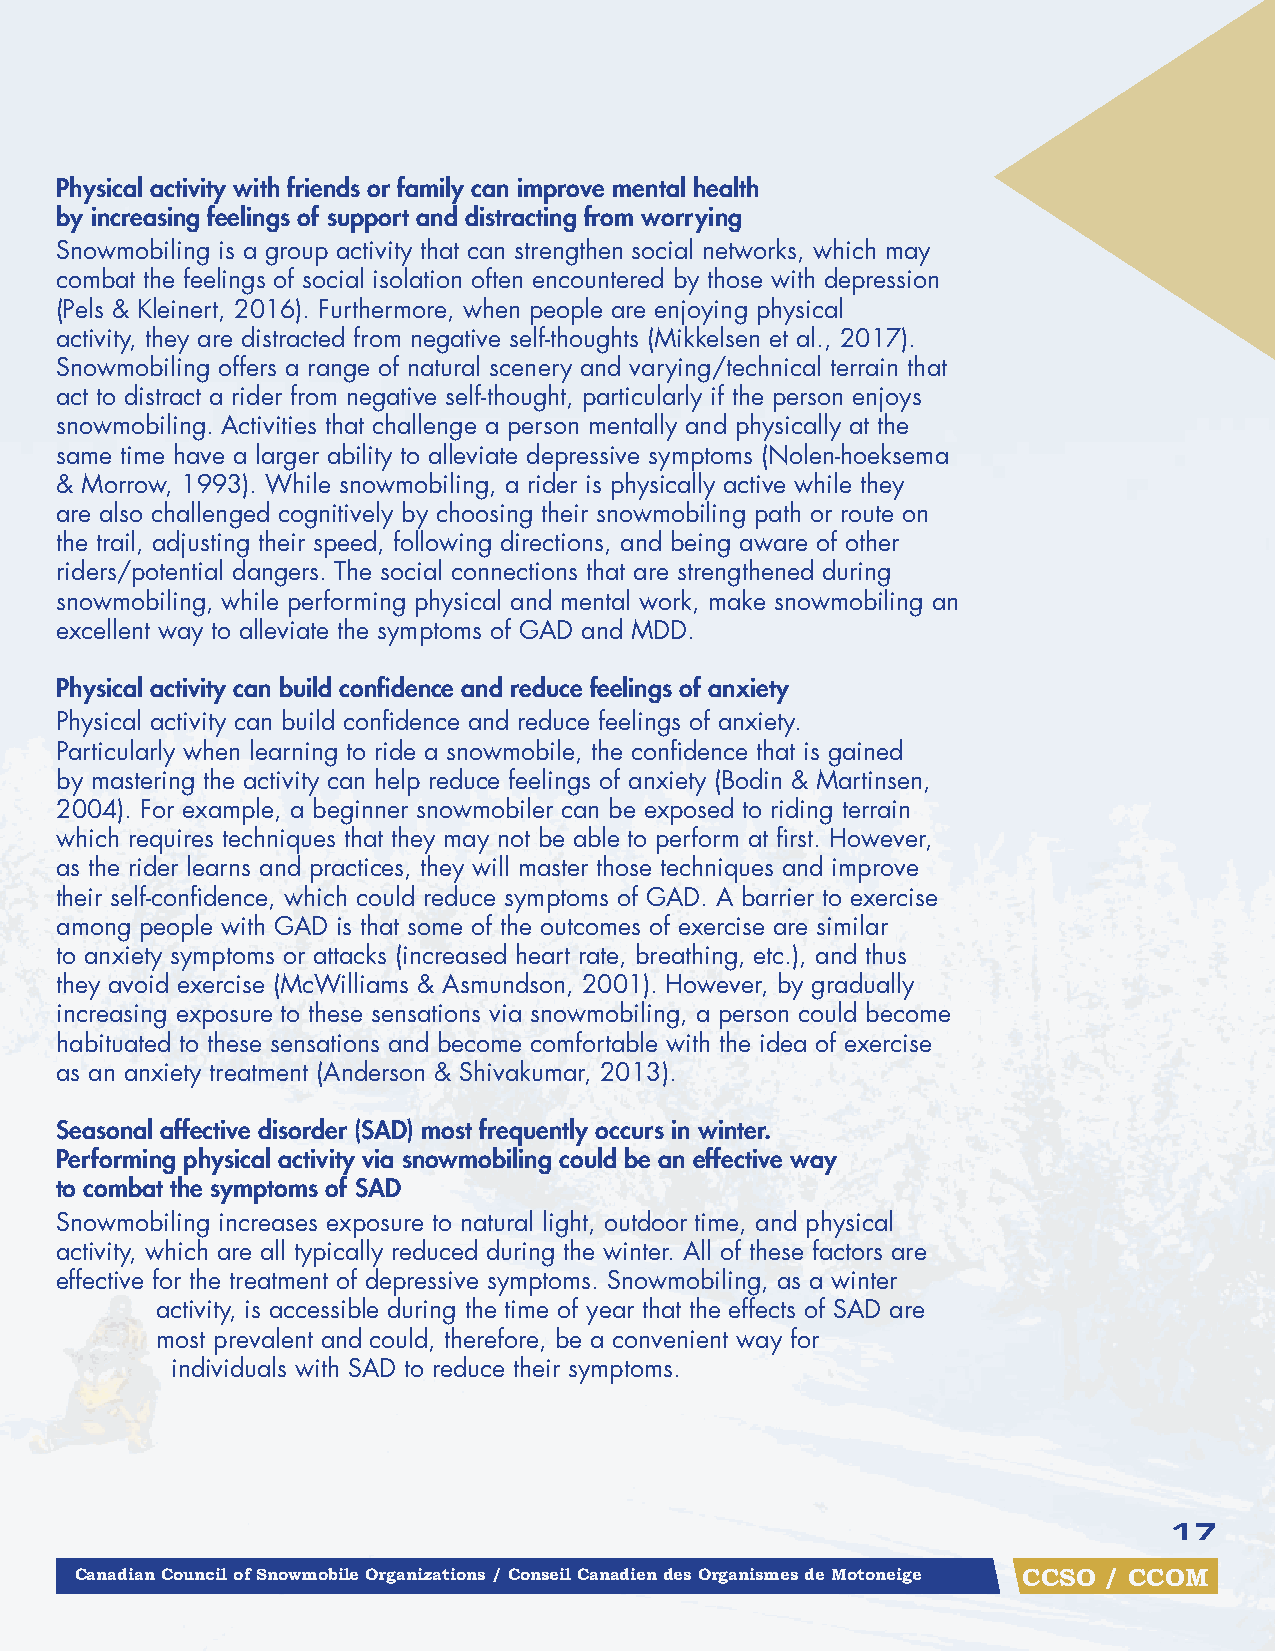
Physical activity with friends or family can improve mental health
 by increasing feelings of support and distracting from worrying
 Snowmobiling is a group activity that can strengthen social networks, which may
 combat the feelings of social isolation often encountered by those with depression
 (Pels & Kleinert, 2016). Furthermore, when people are enjoying physical
 activity, they are distracted from negative self-thoughts (Mikkelsen et al., 2017).
 Snowmobiling offers a range of natural scenery and varying/technical terrain that
 act to distract a rider from negative self-thought, particularly if the person enjoys
 snowmobiling. Activities that challenge a person mentally and physically at the
 same time have a larger ability to alleviate depressive symptoms (Nolen-hoeksema
 & Morrow, 1993). While snowmobiling, a rider is physically active while they
 are also challenged cognitively by choosing their snowmobiling path or route on
 the trail, adjusting their speed, following directions, and being aware of other
 riders/potential dangers. The social connections that are strengthened during
 snowmobiling, while performing physical and mental work, make snowmobiling an
 excellent way to alleviate the symptoms of GAD and MDD.
 Physical activity can build confidence and reduce feelings of anxiety
 Physical activity can build confidence and reduce feelings of anxiety.
 Particularly when learning to ride a snowmobile, the confidence that is gained
 by mastering the activity can help reduce feelings of anxiety (Bodin & Martinsen,
 2004). For example, a beginner snowmobiler can be exposed to riding terrain
 which requires techniques that they may not be able to perform at first. However,
 as the rider learns and practices, they will master those techniques and improve
 their self-confidence, which could reduce symptoms of GAD. A barrier to exercise
 among people with GAD is that some of the outcomes of exercise are similar
 to anxiety symptoms or attacks (increased heart rate, breathing, etc.), and thus
 they avoid exercise (McWilliams & Asmundson, 2001). However, by gradually
 increasing exposure to these sensations via snowmobiling, a person could become
 habituated to these sensations and become comfortable with the idea of exercise
 as an anxiety treatment (Anderson & Shivakumar, 2013).
 Seasonal affective disorder (SAD) most frequently occurs in winter.
 Performing physical activity via snowmobiling could be an effective way
 to combat the symptoms of SAD
 Snowmobiling increases exposure to natural light, outdoor time, and physical
 activity, which are all typically reduced during the winter. All of these factors are
 effective for the treatment of depressive symptoms. Snowmobiling, as a winter
 activity, is accessible during the time of year that the effects of SAD are
 most prevalent and could, therefore, be a convenient way for
 individuals with SAD to reduce their symptoms.
 17
 Canadian Council of Snowmobile Organizations / Conseil Canadien des Organismes de Motoneige CCSO / CCOM